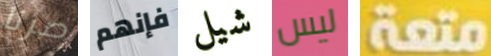
صرنا فإنهم شيل ليس متعة